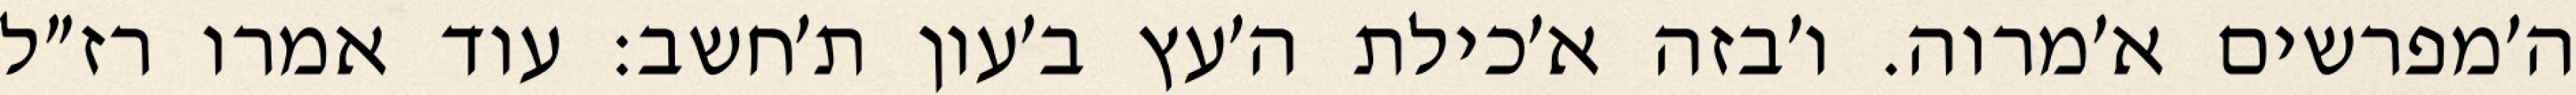
ה׳מפרשים א׳מרוה. ו׳בזה א׳כילת ה׳עץ ב׳עון ת׳חשב: עוד אמרו רז״ל